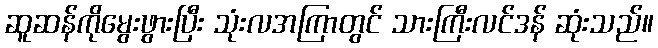
ဆူဆန်ကိုမွေးဖွားပြီး သုံးလအကြာတွင် သားကြီးလင်ဒန် ဆုံးသည်။